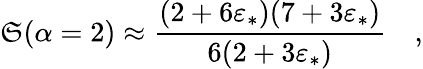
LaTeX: \mathfrak{S}(\alpha=2)\approx\frac{(2+6\varepsilon_{\ast})(7+3\varepsilon_{\ast})}{6(2+3\varepsilon_{\ast})}\quad,